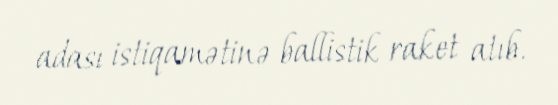
adası istiqamətinə ballistik raket atıb.